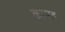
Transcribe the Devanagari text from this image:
कामद